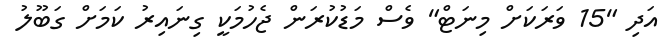
އަދި "15 ވަރަކަށް މިނަޓް" ވެސް މަޑުކުރަން ޖެހުމަކީ ގިނައިރު ކަމަށް ގަބޫލު